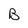
Character: B